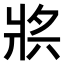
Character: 𤕶